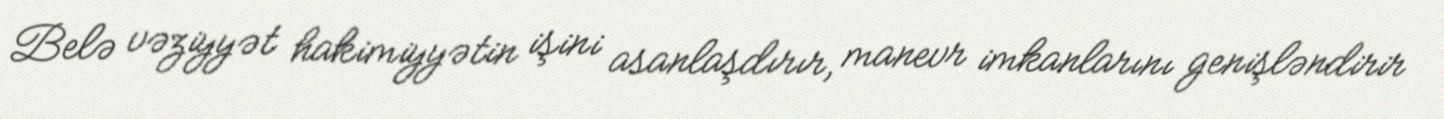
Belə vəziyyət hakimiyyətin işini asanlaşdırır, manevr imkanlarını genişləndirir